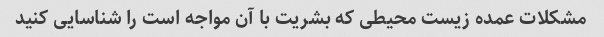
مشکلات عمده زیست محیطی که بشریت با آن مواجه است را شناسایی کنید